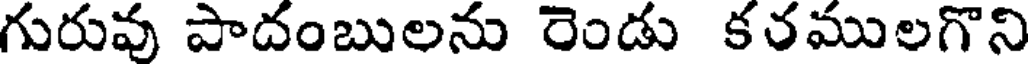
గురువు పాదంబులను రెండు కరములగొని